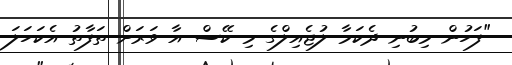
"ފަހުން މިބުނި ދެކަމާ ލުޖެއިލްގެ މި ކޭސް އާ ވަރަށް ތަފާތު އެކަހަލަ